Senior Leaving Certificate Examination (including Day School Certificate (Higher) General paper), 1947
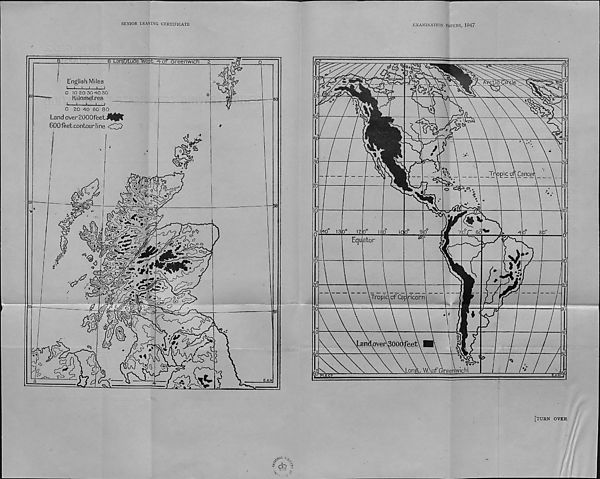
SENIOR LEAVING CERTIFICATE
6 Longitude wesfT^o-r Greenwich
English Miles
-i- i . i i i
O 10 ZO 30 40 50
Kilometres
J—i—i
i
i
0 20 40 60 80
Land over2000feetjSS^T
^OOfeet contour line
'-'i
4?
EXAMINATION PAPERS, 1947